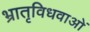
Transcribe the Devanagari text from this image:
भ्रातृविधवाओं